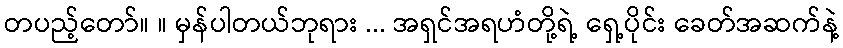
တပည့်တော်။ ။ မှန်ပါတယ်ဘုရား ... အရှင်အရဟံတို့ရဲ့ ရှေ့ပိုင်း ခေတ်အဆက်နဲ့